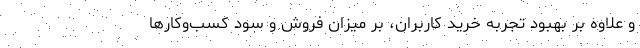
و علاوه بر بهبود تجربه خرید کاربران، بر میزان فروش و سود کسب‌وکارها